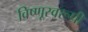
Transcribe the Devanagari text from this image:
विष्णूस्वरूपी